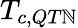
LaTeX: T_{c,QT\mathbb{N}}